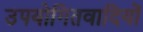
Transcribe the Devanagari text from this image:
उपयोगितवादियों